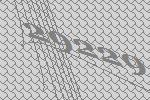
29229